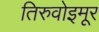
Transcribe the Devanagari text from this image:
तिरुवोइमूर